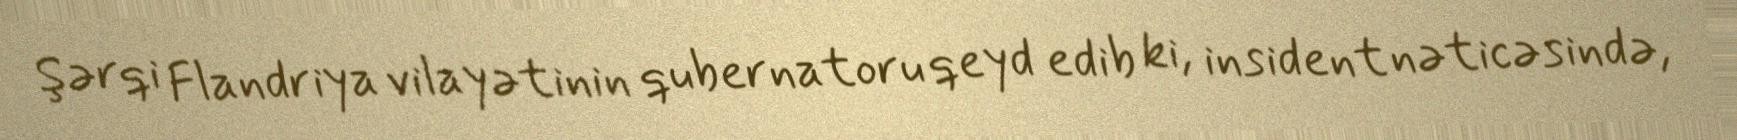
Şərqi Flandriya vilayətinin qubernatoru qeyd edib ki, insident nəticəsində,